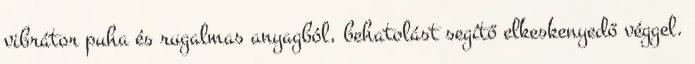
vibrátor puha és rugalmas anyagból, behatolást segítő elkeskenyedő véggel.